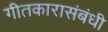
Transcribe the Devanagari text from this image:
गीतकारासंबंधी